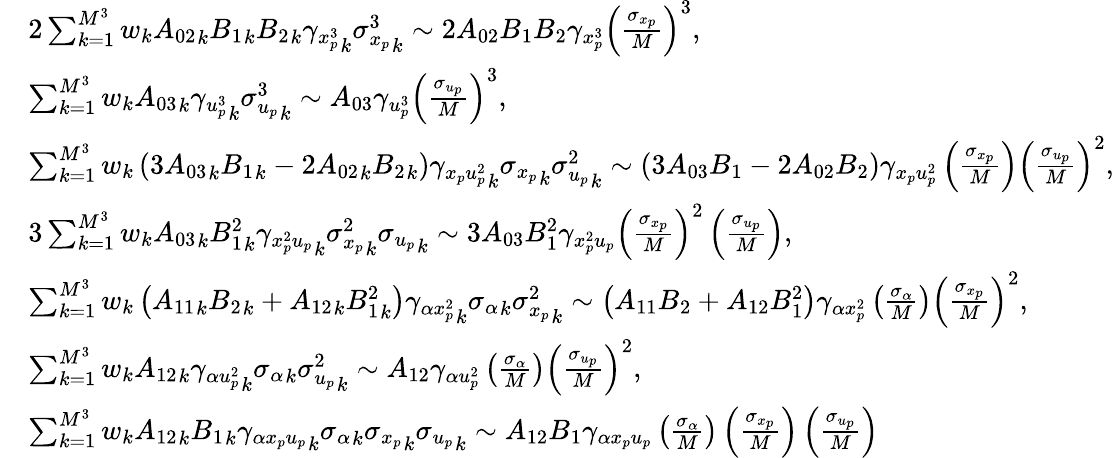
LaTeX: \begin{array}{rl}&{2\sum_{k=1}^{M^{3}}w_{k}{A_{02}}_{k}{B_{1}}_{k}{B_{2}}_{k}{\gamma_{x_{p}^{3}}}_{k}{\sigma_{x_{p}}^{3}}_{k}\sim 2{A_{02}}{B_{1}}{B_{2}}{\gamma_{x_{p}^{3}}}\left(\frac{\sigma_{x_{p}}}{M}\right)^{3},}\\ &{\sum_{k=1}^{M^{3}}w_{k}{A_{03}}_{k}{\gamma_{u_{p}^{3}}}_{k}{\sigma_{u_{p}}^{3}}_{k}\sim A_{03}\gamma_{u_{p}^{3}}\left(\frac{\sigma_{u_{p}}}{M}\right)^{3},}\\ &{\sum_{k=1}^{M^{3}}w_{k}\left(3{A_{03}}_{k}{B_{1}}_{k}-2{A_{02}}_{k}{B_{2}}_{k}\right){\gamma_{x_{p}u_{p}^{2}}}_{k}{\sigma_{x_{p}}}_{k}{\sigma_{u_{p}}^{2}}_{k}\sim\left(3A_{03}B_{1}-2A_{02}B_{2}\right)\gamma_{x_{p}u_{p}^{2}}\left(\frac{\sigma_{x_{p}}}{M}\right)\left(\frac{\sigma_{u_{p}}}{M}\right)^{2},}\\ &{3\sum_{k=1}^{M^{3}}w_{k}{A_{03}}_{k}{B_{1}^{2}}_{k}{\gamma_{x_{p}^{2}u_{p}}}_{k}{\sigma_{x_{p}}^{2}}_{k}{\sigma_{u_{p}}}_{k}\sim 3A_{03}B_{1}^{2}\gamma_{x_{p}^{2}u_{p}}\left(\frac{\sigma_{x_{p}}}{M}\right)^{2}\left(\frac{\sigma_{u_{p}}}{M}\right),}\\ &{\sum_{k=1}^{M^{3}}w_{k}\left({A_{11}}_{k}{B_{2}}_{k}+{A_{12}}_{k}{B_{1}^{2}}_{k}\right){\gamma_{\alpha x_{p}^{2}}}_{k}{\sigma_{\alpha}}_{k}{\sigma_{x_{p}}^{2}}_{k}\sim\left(A_{11}{B_{2}}+A_{12}B_{1}^{2}\right)\gamma_{\alpha x_{p}^{2}}\left(\frac{\sigma_{\alpha}}{M}\right)\left(\frac{\sigma_{x_{p}}}{M}\right)^{2},}\\ &{\sum_{k=1}^{M^{3}}w_{k}{A_{12}}_{k}{\gamma_{\alpha u_{p}^{2}}}_{k}{\sigma_{\alpha}}_{k}{\sigma_{u_{p}}^{2}}_{k}\sim A_{12}\gamma_{\alpha u_{p}^{2}}\left(\frac{\sigma_{\alpha}}{M}\right)\left(\frac{\sigma_{u_{p}}}{M}\right)^{2},}\\ &{\sum_{k=1}^{M^{3}}w_{k}{A_{12}}_{k}{B_{1}}_{k}{\gamma_{\alpha x_{p}u_{p}}}_{k}{\sigma_{\alpha}}_{k}{\sigma_{x_{p}}}_{k}{\sigma_{u_{p}}}_{k}\sim A_{12}B_{1}\gamma_{\alpha x_{p}u_{p}}\left(\frac{\sigma_{\alpha}}{M}\right)\left(\frac{\sigma_{x_{p}}}{M}\right)\left(\frac{\sigma_{u_{p}}}{M}\right)}\end{array}